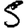
Digit: 5